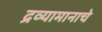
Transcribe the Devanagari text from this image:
द्रव्यामानाचे